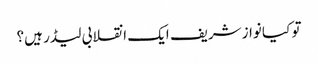
تو کیا نوازشریف ایک انقلابی لیڈر ہیں؟